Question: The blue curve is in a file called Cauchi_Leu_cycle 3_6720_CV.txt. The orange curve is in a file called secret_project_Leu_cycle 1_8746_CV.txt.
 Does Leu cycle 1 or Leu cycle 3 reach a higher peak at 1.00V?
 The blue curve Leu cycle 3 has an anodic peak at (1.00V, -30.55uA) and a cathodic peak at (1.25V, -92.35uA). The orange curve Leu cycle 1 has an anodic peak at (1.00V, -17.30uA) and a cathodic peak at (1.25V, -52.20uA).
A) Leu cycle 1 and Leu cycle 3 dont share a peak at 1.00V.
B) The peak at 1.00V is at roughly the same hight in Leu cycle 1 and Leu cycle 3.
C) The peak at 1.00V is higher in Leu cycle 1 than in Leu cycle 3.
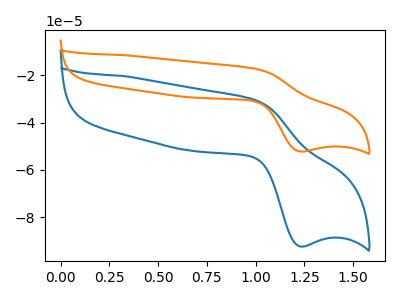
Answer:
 <answer>C) The peak at 1.00V is higher in "Leu cycle 1" than in "Leu cycle 3".</answer>
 <eval>C</eval>